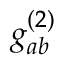
g _ { a b } ^ { ( 2 ) }